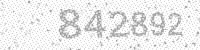
Solution: 842892